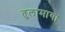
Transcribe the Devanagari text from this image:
तुलामाया